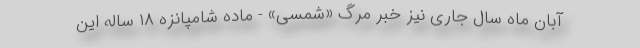
آبان ماه سال جاری نیز خبر مرگ «شمسی» - ماده شامپانزه ۱۸ ساله این